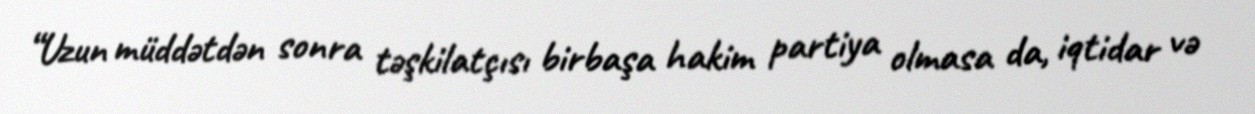
“Uzun müddətdən sonra təşkilatçısı birbaşa hakim partiya olmasa da, iqtidar və